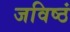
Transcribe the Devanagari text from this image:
जविष्ठं